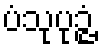
ပံသုပုဉ္ဇံ